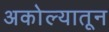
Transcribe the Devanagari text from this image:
अकोल्यातून